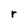
Character: r